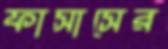
ফাসাসের